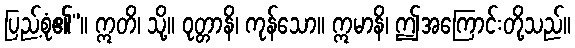
ပြည့်စုံ၏”။ ဣတိ၊ သို့။ ဝုတ္တာနိ၊ ကုန်သော။ ဣမာနိ၊ ဤအကြောင်းတို့သည်။